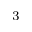
_ { 3 }